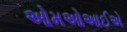
ઓમઓઆઈએ